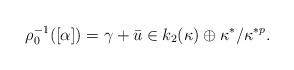
LaTeX: \begin{align*} \rho_0^{-1}([\alpha])=\gamma+\bar{u} \in k_2(\kappa) \oplus \kappa^* / \kappa^{*p}.\end{align*}